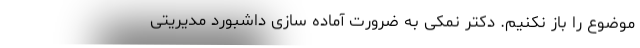
موضوع را باز نکنیم. دکتر نمکی به ضرورت آماده سازی داشبورد مدیریتی